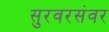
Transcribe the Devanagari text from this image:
सुरवरसंवर